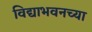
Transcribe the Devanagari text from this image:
विद्याभवनच्या